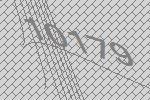
10179